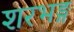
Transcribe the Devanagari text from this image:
शरभङ्ग